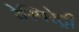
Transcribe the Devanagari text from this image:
रेस्पिरेट्री